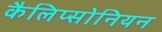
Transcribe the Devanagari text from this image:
कैलिप्सोनियन